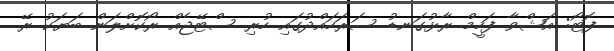
ފޮޓޯ: އަޝްވާ ފަހީމް ރާޅުގަނޑު ސަރަހައްދުގައި ހުރި ސްޓޭޖެއް ރޯކޮށްލަން ބަޔަކު ރޭ